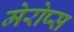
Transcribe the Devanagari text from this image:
मेरोप्स